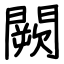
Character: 闕